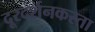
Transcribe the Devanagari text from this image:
दूरदर्शनकरता